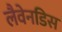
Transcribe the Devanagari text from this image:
लैवेनडिस